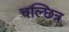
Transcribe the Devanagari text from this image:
चल्छित्र